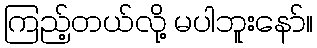
ကြည့်တယ်လို့ မပါဘူးနော်။